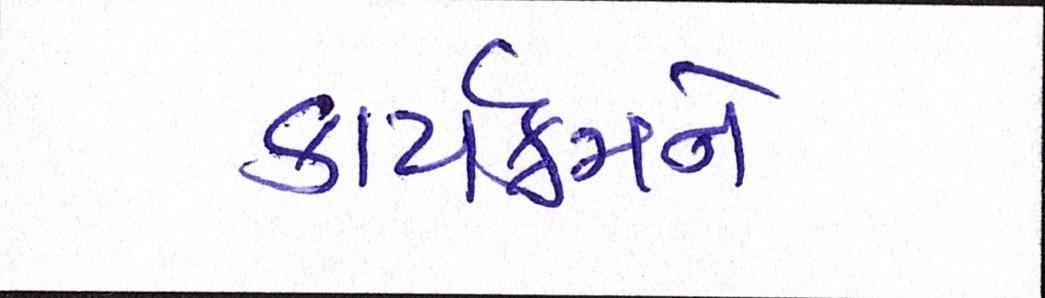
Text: કાર્યક્રમને